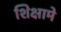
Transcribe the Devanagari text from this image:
शिक्षामे